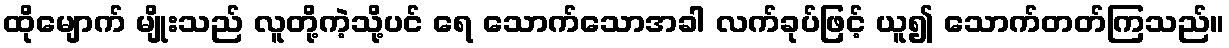
ထိုမျောက် မျိုးသည် လူတို့ကဲ့သို့ပင် ရေ သောက်သောအခါ လက်ခုပ်ဖြင့် ယူ၍ သောက်တတ်ကြသည်။